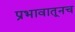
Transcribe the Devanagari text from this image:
प्रभावातूनच